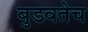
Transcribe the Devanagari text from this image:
बुडवतेच